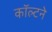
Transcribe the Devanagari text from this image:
कॉल्टने